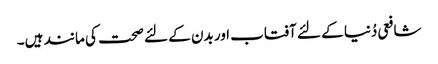
شافعی دُنیا کے لئے آفتاب اور بدن کے لئے صحت کی مانند ہیں۔